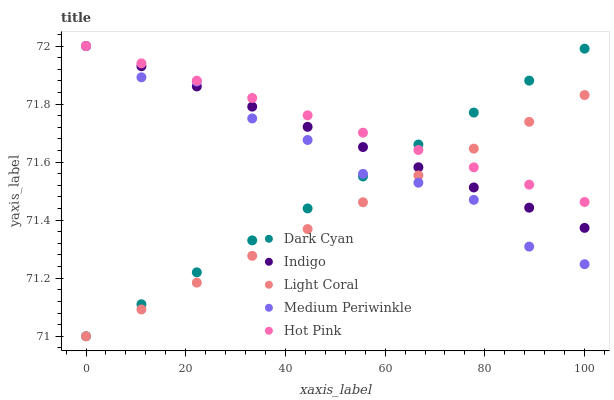
| xaxis_label | Dark Cyan | Indigo | Light Coral | Medium Periwinkle | Hot Pink |
 | --- | --- | --- | --- | --- | --- |
 | 0 | 71 | 72 | 71 | 72 | 72 |
 | 11.1 | 71.1 | 71.9 | 71.1 | 71.9 | 71.9 |
 | 22.2 | 71.2 | 71.9 | 71.2 | 71.9 | 71.9 |
 | 33.3 | 71.3 | 71.8 | 71.3 | 71.8 | 71.8 |
 | 44.4 | 71.4 | 71.7 | 71.4 | 71.7 | 71.8 |
 | 55.6 | 71.6 | 71.7 | 71.5 | 71.6 | 71.7 |
 | 66.7 | 71.7 | 71.6 | 71.6 | 71.5 | 71.6 |
 | 77.8 | 71.8 | 71.5 | 71.6 | 71.5 | 71.6 |
 | 88.9 | 71.9 | 71.4 | 71.7 | 71.3 | 71.5 |
 | 100 | 72 | 71.4 | 71.8 | 71.2 | 71.5 |